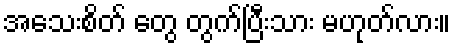
အသေးစိတ် တွေ တွက်ပြီးသား မဟုတ်လား။